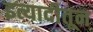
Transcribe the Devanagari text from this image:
इत्यादीतून